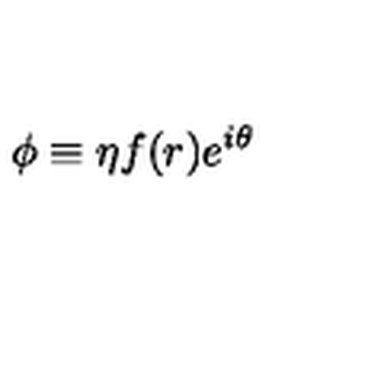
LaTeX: \phi \equiv \eta f ( r ) e ^ { i \theta }